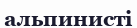
альпинисті